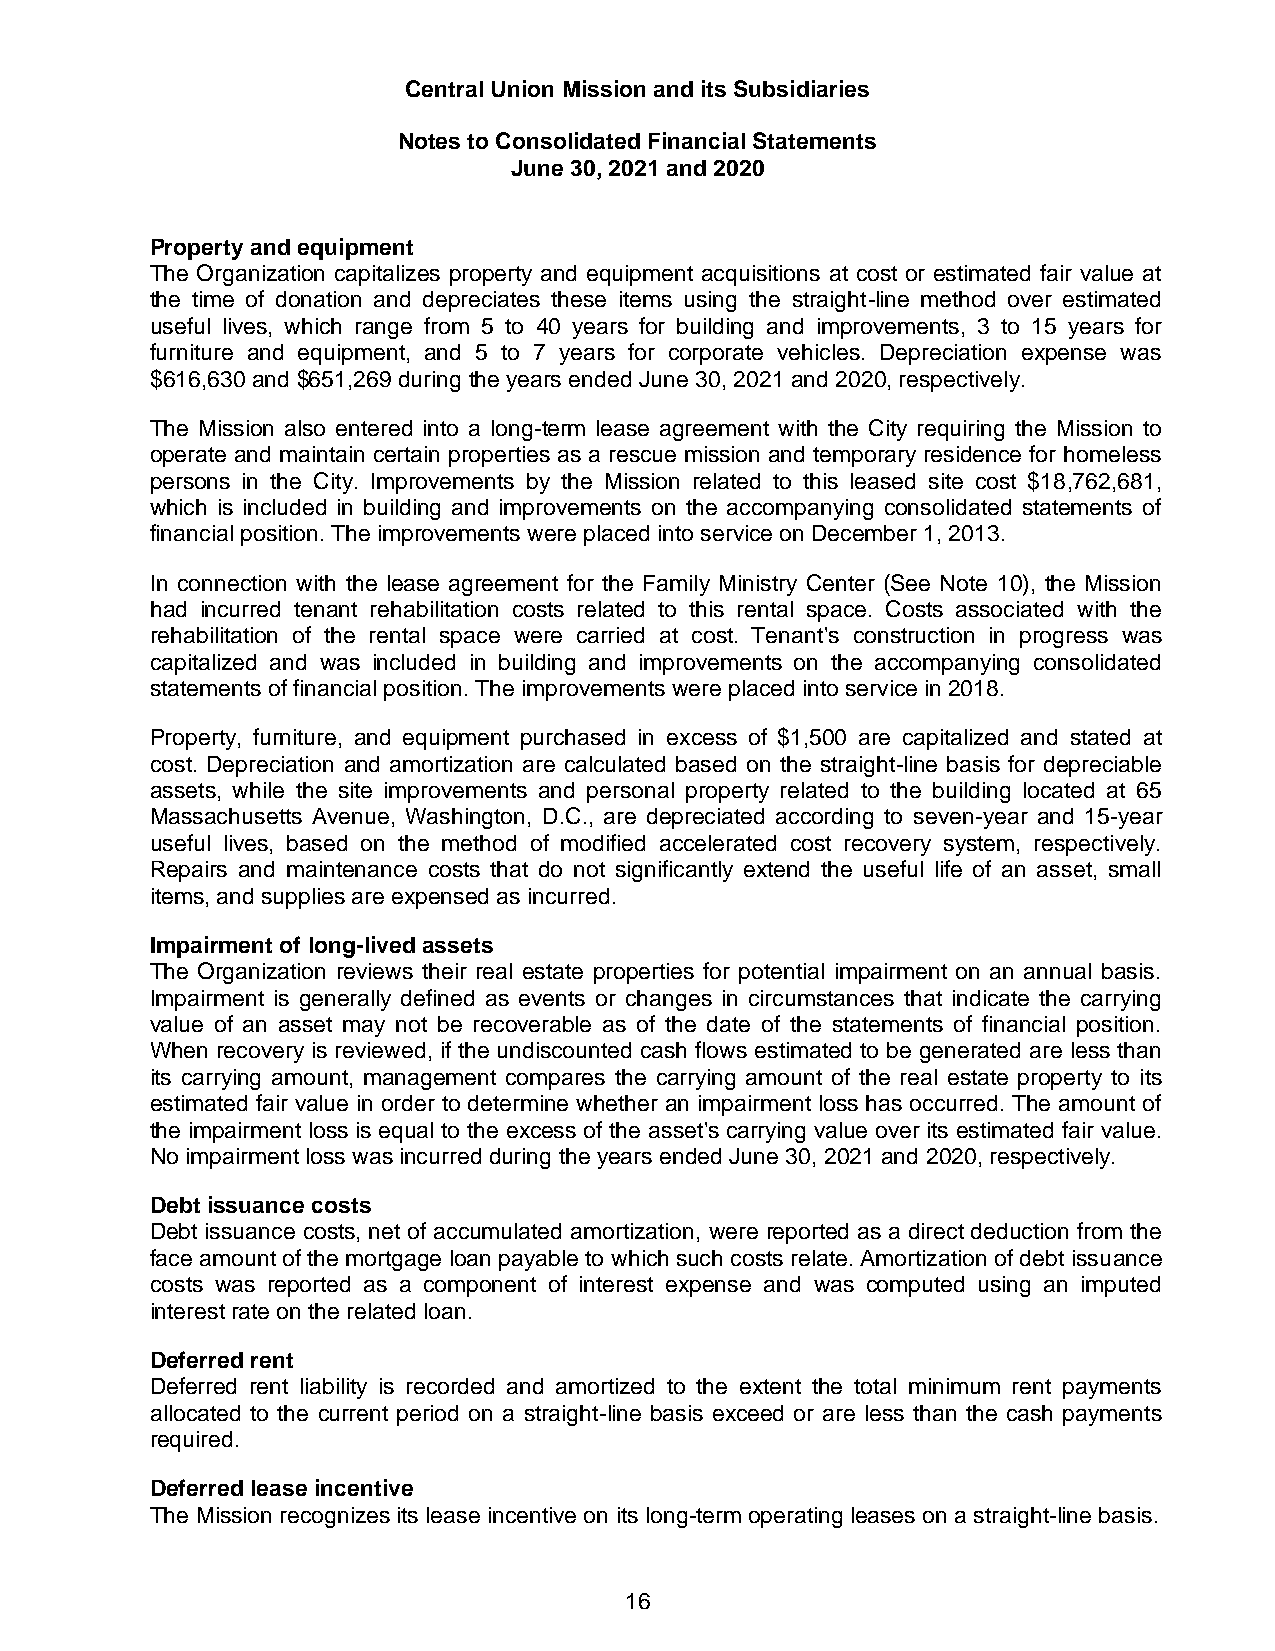
Central Union Mission and its Subsidiaries
 Notes to Consolidated Financial Statements
 June 30, 2021 and 2020
 Property and equipment
 The Organization capitalizes property and equipment acquisitions at cost or estimated fair value at
 the time of donation and depreciates these items using the straight-line method over estimated
 useful lives, which range from 5 to 40 years for building and improvements, 3 to 15 years for
 furniture and equipment, and 5 to 7 years for corporate vehicles. Depreciation expense was
 $616,630 and $651,269 during the years ended June 30, 2021 and 2020, respectively.
 The Mission also entered into a long-term lease agreement with the City requiring the Mission to
 operate and maintain certain properties as a rescue mission and temporary residence for homeless
 persons in the City. Improvements by the Mission related to this leased site cost $18,762,681,
 which is included in building and improvements on the accompanying consolidated statements of
 financial position. The improvements were placed into service on December 1, 2013.
 In connection with the lease agreement for the Family Ministry Center (See Note 10), the Mission
 had incurred tenant rehabilitation costs related to this rental space. Costs associated with the
 rehabilitation of the rental space were carried at cost. Tenant's construction in progress was
 capitalized and was included in building and improvements on the accompanying consolidated
 statements of financial position. The improvements were placed into service in 2018.
 Property, furniture, and equipment purchased in excess of $1,500 are capitalized and stated at
 cost. Depreciation and amortization are calculated based on the straight-line basis for depreciable
 assets, while the site improvements and personal property related to the building located at 65
 Massachusetts Avenue, Washington, D.C., are depreciated according to seven-year and 15-year
 useful lives, based on the method of modified accelerated cost recovery system, respectively.
 Repairs and maintenance costs that do not significantly extend the useful life of an asset, small
 items, and supplies are expensed as incurred.
 Impairment of long-lived assets
 The Organization reviews their real estate properties for potential impairment on an annual basis.
 Impairment is generally defined as events or changes in circumstances that indicate the carrying
 value of an asset may not be recoverable as of the date of the statements of financial position.
 When recovery is reviewed, if the undiscounted cash flows estimated to be generated are less than
 its carrying amount, management compares the carrying amount of the real estate property to its
 estimated fair value in order to determine whether an impairment loss has occurred. The amount of
 the impairment loss is equal to the excess of the asset's carrying value over its estimated fair value.
 No impairment loss was incurred during the years ended June 30, 2021 and 2020, respectively.
 Debt issuance costs
 Debt issuance costs, net of accumulated amortization, were reported as a direct deduction from the
 face amount of the mortgage loan payable to which such costs relate. Amortization of debt issuance
 costs was reported as a component of interest expense and was computed using an imputed
 interest rate on the related loan.
 Deferred rent
 Deferred rent liability is recorded and amortized to the extent the total minimum rent payments
 allocated to the current period on a straight-line basis exceed or are less than the cash payments
 required.
 Deferred lease incentive
 The Mission recognizes its lease incentive on its long-term operating leases on a straight-line basis.
 16